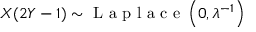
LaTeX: X ( 2 Y - 1 ) \sim { \textrm { L a p l a c e } } \left( 0 , \lambda ^ { - 1 } \right)